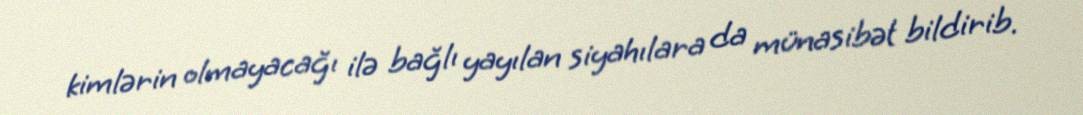
kimlərin olmayacağı ilə bağlı yayılan siyahılara da münasibət bildirib.